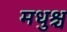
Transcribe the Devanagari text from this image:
मधुश्च